Vaccine operations Central Provinces 1900-1911 - 1900-1911
Year: 1900
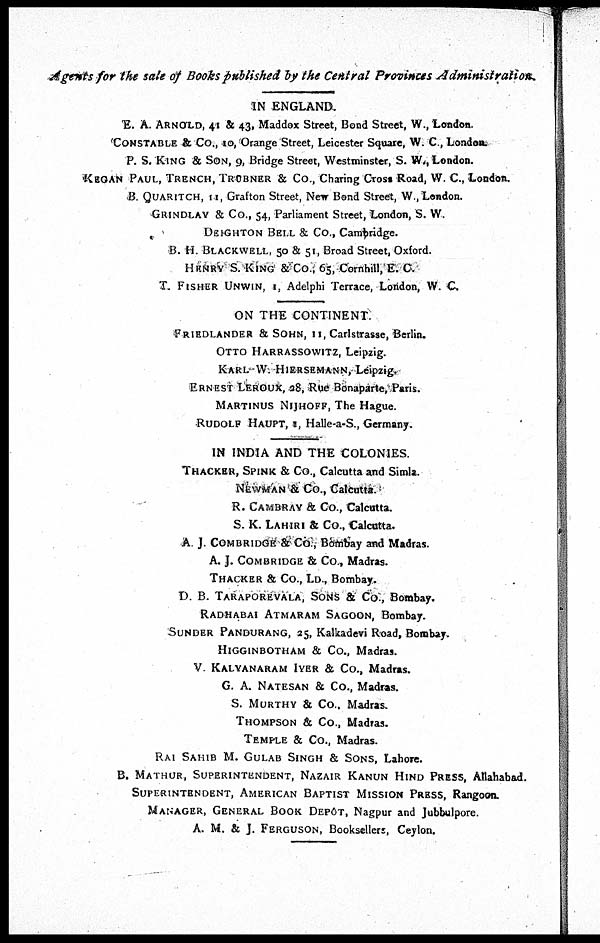
Agents for the sale of Books published by the Central Provinces
Administration.
IN ENGLAND.
E. A. ARNOLD, 41 & 43, Maddox Street, Bond Street, W., London.
CONSTABLE & Co., 10,Orange Street, Leicester Square, W. C., London
P. S. KING & SON, 9, Bridge Street, Westminster, S. W., London.
KEGAN PAUL, TRENCH, TRÜBNER & Co., Charing Cross Road, W. C., London.
B. QUARITCH, 11, Grafton Street, New Bond Street, W., London.
GRINDLAY & Co., 54, Parliament Street, London, S. W.
DEIGHTON BELL & Co., Cambridge.
B. H. BLACKWELL, 50 & 51, Broad Street, Oxford.
HENRY S. KING & Co., 65, Cornhill, E. C.
T. FISHER UNWIN, I, Adelphi Terrace, London, W. C.
ON THE CONTINENT.
FRIEDLANDER & SOHN, 11, Carlstrasse, Berlin.
OTTO HARRASSOWITZ, Leipzig.
KARL W. HIERSEMANN, Leipzig.
ERNEST LEROUX, 28, Rue Bonaparte, Paris.
MARTINUS NIJHOFF, The Hague.
RUDOLF HAUPT, 1, Halle-a-S., Germany.
IN INDIA AND THE COLONIES.
THACKER, SPINK & Co., Calcutta and Simla.
NEWMAN & Co., Calcutta.
R. CAMBRAY & Co., Calcutta.
S. K. LAHIRI & Co., Calcutta.
A. J. COM BRIDGE & Co, Bombay and Madras.
A. J. COM BRIDGE & Co., Madras.
THACKER & Co., LD., Bombay.
D. B. TARAPOREVALA, SONS & Co., Bombay.
RADHABAI ATMARAM SAGOON, Bombay.
SUNDER PANDURANG, 25, Kalkadevi Road, Bombay.
HIGGINBOTHAM & Co., Madras.
V. KALYANARAM IYER & Co., Madras.
G. A. NATESAN & Co., Madras.
S. MURTHY & Co., Madras.
THOMPSON & Co., Madras.
TEMPLE & Co., Madras.
RAI SAHIB M. GULAB SINGH & SONS, Lahore.
B. MATHUR, SUPERINTENDENT, NAZAIR KANUN HIND PRESS, Allahabad.
SUPERINTENDENT, AMERICAN BAPTIST MISSION PRESS, Rangoon.
MANAGER, GENERAL BOOK DEPÔT, Nagpur and Jubbulpore.
A. M. & J. FERGUSON, Booksellers, Ceylon.